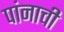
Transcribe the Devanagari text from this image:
पांनाची